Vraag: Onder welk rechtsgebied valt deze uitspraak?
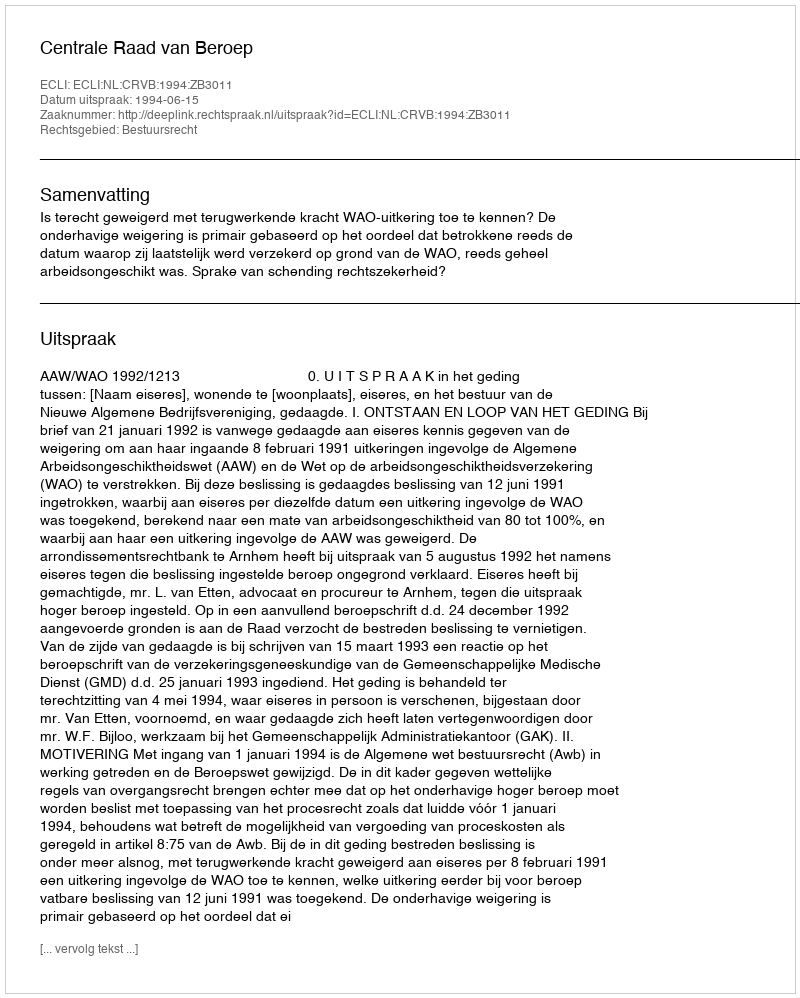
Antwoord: Bestuursrecht